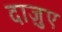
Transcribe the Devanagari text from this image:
दाज़ुए